Trukikaitis_Postimees, lk 63
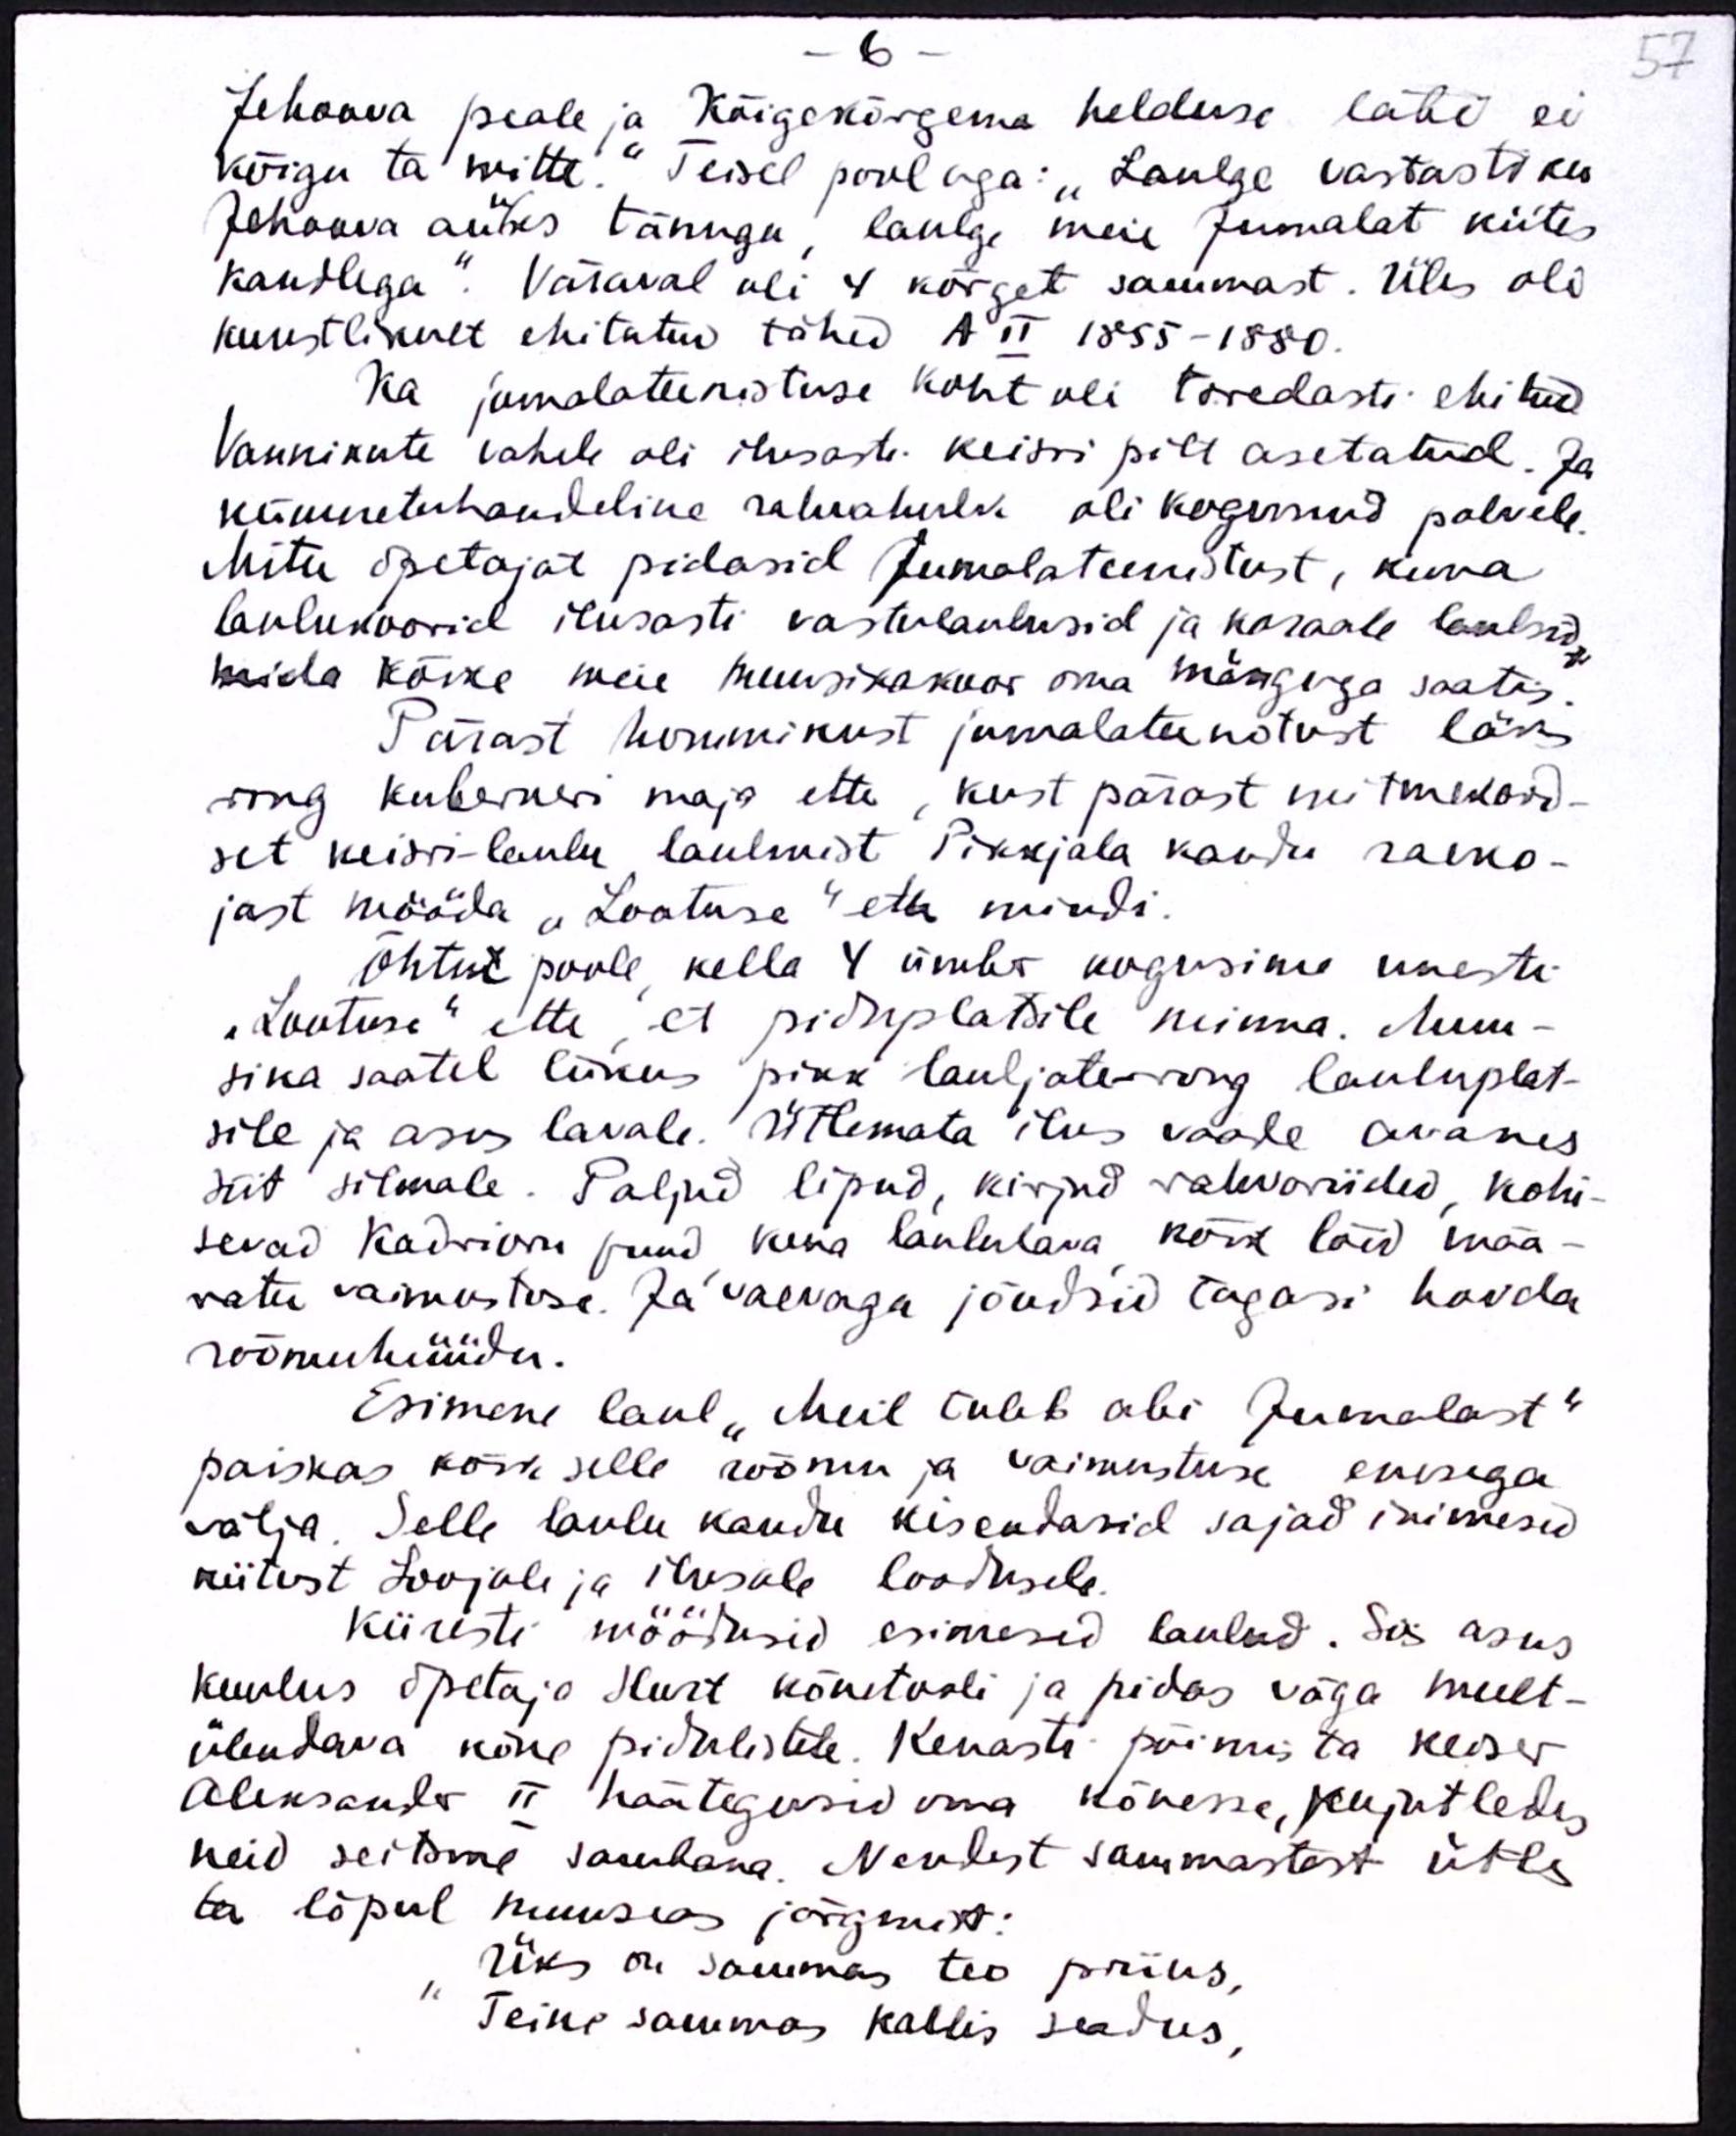
- 6 -
57
Jehoova peale ja Kõigekõrgema helduse läbi ei
kõigu ta mitte." Teisel pool aga: "Laulge vastastiku
Jehoova auses tänuga, laulge meie Jumalat kiites
kandlega. Väraval oli 4 kõrget sammast. Üles oli
kunstlikult ehitatud tähed A II 1855-1880.
Ka jumalateenistuse koht oli toredasti ehitud
Vannikute vahele oli ilusaste keisri pilt asetatud. Ja
kümnetuhandeline rahvahulk oli kogunud palvele.
Mitu õpetajat pidasid Jumalateenistust, kuna
laulukoorid ilusasti vastulaulusid ja koraale laulsid,
mida kõike meie muusikakoor oma mänguga saatis.
Pärast hommikust jumalateenistust läks
ring kuberneri maja ette, kust pärast mitmekord-
set keisri-laulu laulmist Pikkjala kaudu raeko-
jast mööda "Lootuse" ette mindi.
Õhtul poole kella 4 ümbr kogusime uuesti-
"Lootuse" ette, et piduplatsile minna. Muu-
sika saatel liikus pikk lauljate-rong lauluplat-
sile ja asus lavale. Ütlemata ilus vaade avanes
siit silmale. Paljud lipud, kirjud rahvariided, kohi-
sevad Kadrioru puud kena laululava kõik lõid mää-
ratu vaimustuse. Ja vaevaga jõudsid tagasi hoida
rõõmuhüüdu.
Esimene laul "Meil tuleb abi Jumalast"
paiskas kõik selle rõõmu ja vaimustuse enesega
välja. Selle laulu kaudu kisendasid sajad inimesed
kiitust Loojale ja ilusale loodusele.
Kiiresti möödusid esimesed laulud. Siis asus
kuulus õpetaja Hurt kõnetooli ja pidas väga meelt-
ülendava kõne pidulistele. Kenasti põimis ta keiser
Aleksander II häätegusid oma kõnesse, kujutledes
neid seitsme sambana. Neodest sammastest ütles
ta lõpul muuseas järgmist:
Üks on sammas teo priius,
Teine sammas kallis seadus,